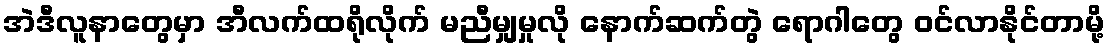
အဲဒီလူနာတွေမှာ အီလက်ထရိုလိုက် မညီမျှမှုလို နောက်ဆက်တွဲ ရောဂါတွေ ဝင်လာနိုင်တာမို့